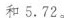
和5.72。